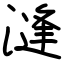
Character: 漨